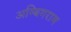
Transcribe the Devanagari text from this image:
अम्बिगराम